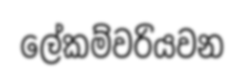
ලේකම්වරියවන